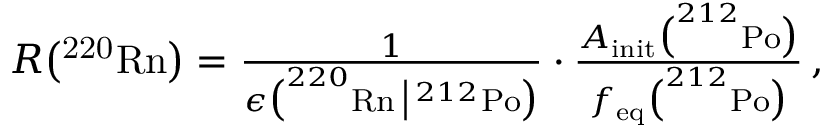
\begin{array} { r } { R \big ( \mathrm { ^ { 2 2 0 } R n } \big ) = \frac { 1 } { \epsilon \big ( ^ { 2 2 0 } \mathrm { R n } \, \big | \, ^ { 2 1 2 } \mathrm { P o } \big ) } \cdot \frac { A _ { \mathrm { i n i t } } \big ( ^ { 2 1 2 } \mathrm { P o } \big ) } { f _ { \mathrm { e q } } \big ( ^ { 2 1 2 } \mathrm { P o } \big ) } \, , } \end{array}